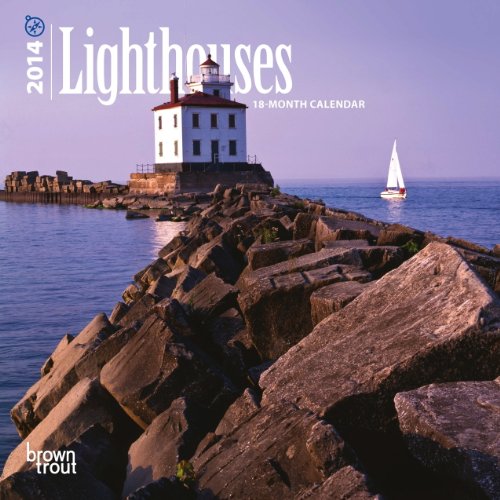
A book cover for Lighthouses 2014 Calendar (Multilingual Edition); Calendars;